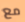
مع